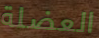
العضلة